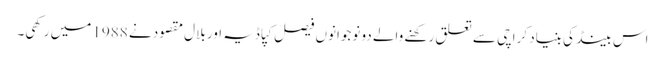
اس بینڈ کی بنیاد کراچی سے تعلق رکھنے والے دو نوجوانوں فیصل کپاڈیہ اور بلال مقصود نے 1988 میں رکھی۔